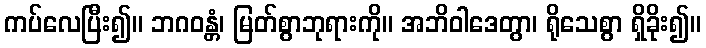
ကပ်လေပြီး၍။ ဘဂဝန္တံ၊ မြတ်စွာဘုရားကို။ အဘိဝါဒေတွာ၊ ရိုသေစွာ ရှိခိုး၍။